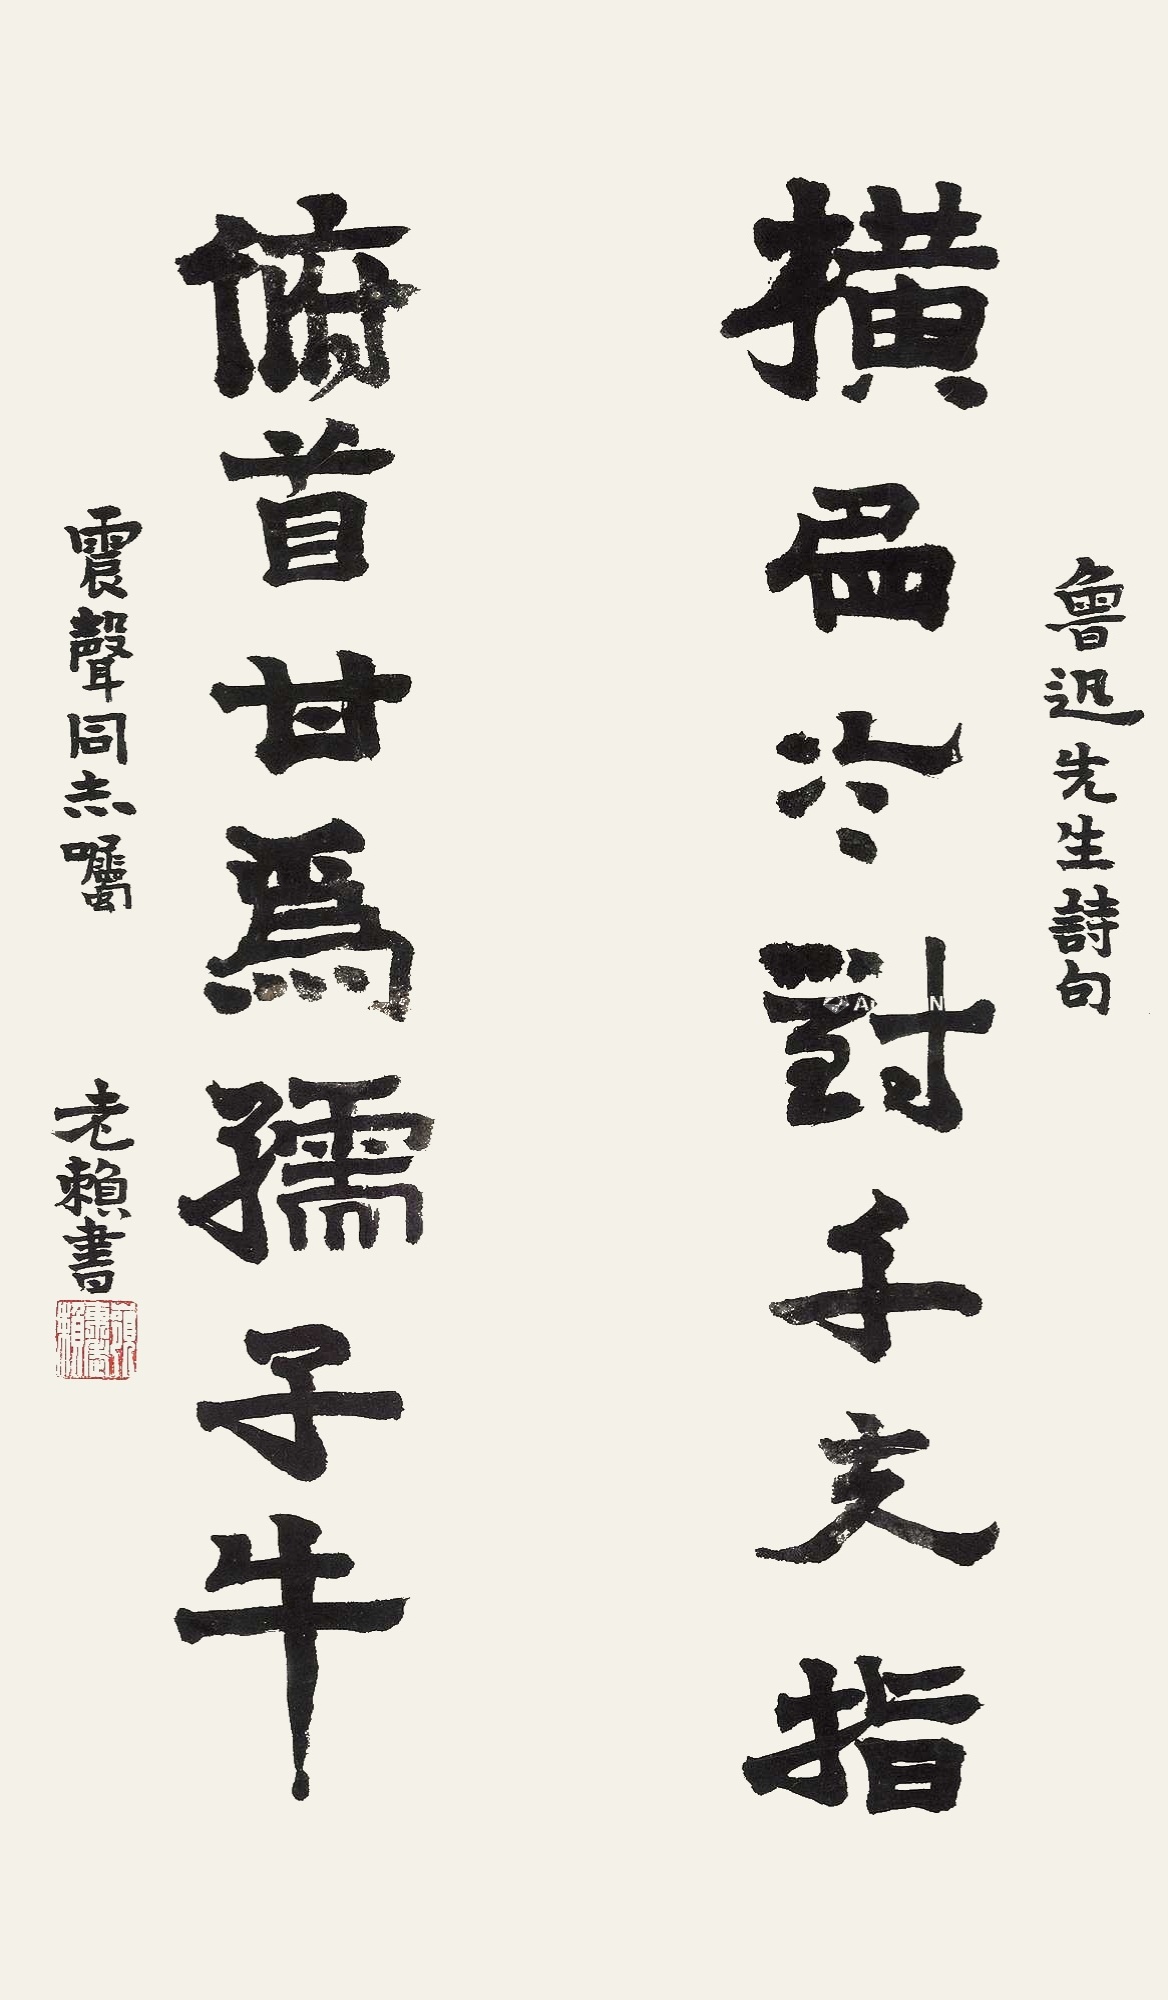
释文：横眉冷对千夫指；俯首甘为孺子牛。鲁迅先生诗句，震声同志嘱，老赖书。